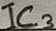
Text: IC3